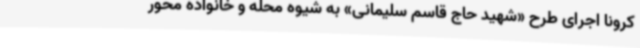
کرونا اجرای طرح «شهید حاج قاسم سلیمانی» به شیوه محله و خانواده محور